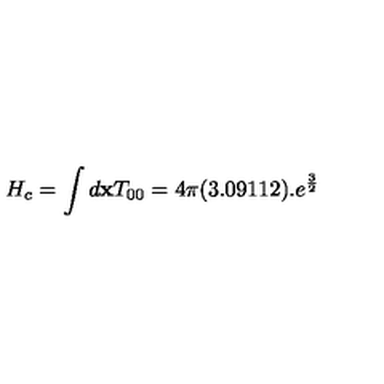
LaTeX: H _ { c } = \int d { \bf x } T _ { 0 0 } = 4 \pi ( 3 . 0 9 1 1 2 ) . e ^ { \frac { 3 } { 2 } }